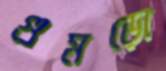
গুমড়ো